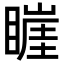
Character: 𥊅